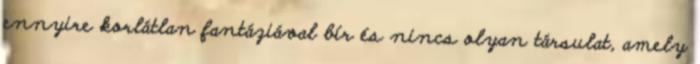
ennyire korlátlan fantáziával bír és nincs olyan társulat, amely